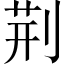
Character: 荆